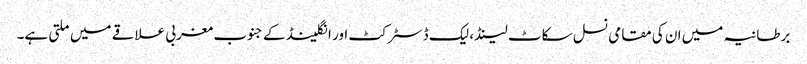
برطانیہ میں ان کی مقامی نسل سکاٹ لینڈ، لیک ڈسٹرکٹ اور انگلینڈ کے جنوب مغربی علاقے میں ملتی ہے۔